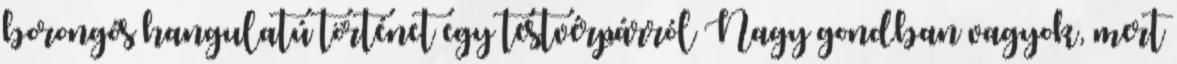
borongós hangulatú történet egy testvérpárról Nagy gondban vagyok, mert